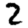
Digit: 2